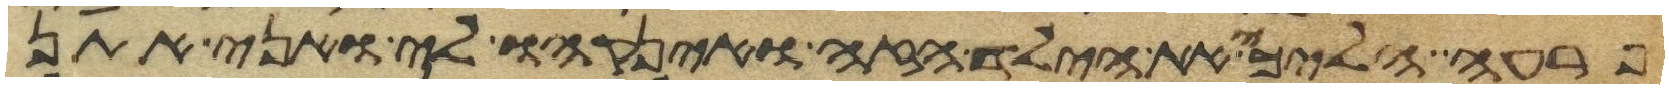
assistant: פרעה הלכי את הילד הזה והנקהו לי ואני אתן